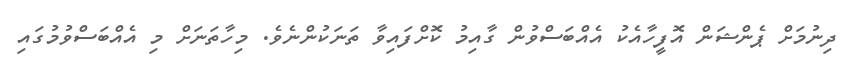
ދިނުމަށް ޕެންޝަން އޮފީހާއެކު އެއްބަސްވުން ގާއިމު ކޮށްފައިވާ ތަނަކުންނެވެ. މިހާތަނަށް މި އެއްބަސްވުމުގައި